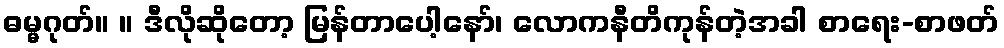
ဓမ္မဂုတ်။ ။ ဒီလိုဆိုတော့ မြန်တာပေါ့နော်၊ လောကနီတိကုန်တဲ့အခါ စာရေး-စာဖတ်